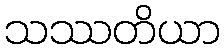
သဿတိယာ